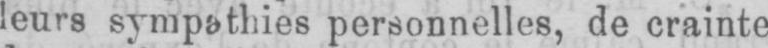
leurs sympathies personnelles, de crainte